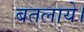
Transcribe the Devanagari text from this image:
बतलाये।